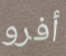
أفرو